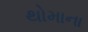
થોમાના